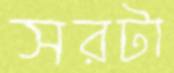
সরটা